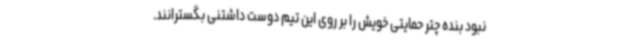
نبود بنده چتر حمایتی خویش را بر روی این تیم دوست داشتنی بگسترانند.